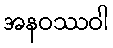
အနဝဿဝါ